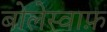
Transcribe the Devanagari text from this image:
बोलेस्वाफ़